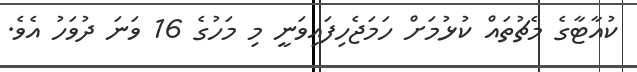
ކުއާޓާގެ މެޗުތައް ކުޅުމަށް ހަމަޖެހިފައިވަނީ މި މަހުގެ 16 ވަނަ ދުވަހު އެވެ.